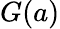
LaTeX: G(a)